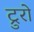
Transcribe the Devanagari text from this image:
ट्रुरो